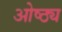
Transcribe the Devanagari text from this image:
ओष्ठ्य